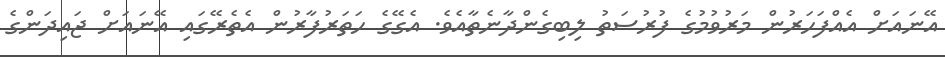
އޭނައަށް އެއްފަހަރުން މަރުވުމުގެ ފުރުސަތު ލިބިގެންދާނެތާއެވެ. އެގޭގެ ހަތަރުފާރުން އެތެރޭގައި އޭނައަށް ޖައިދަންގެ